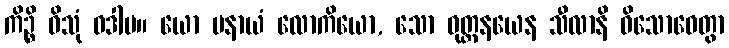
ကိဉ္စိ ဝိသုံ ဝဒါမ။ ယော ပနာယံ လောကိယော, သော ဝုတ္တနယေန သီလာနိ ဝိသောဓေတွာ